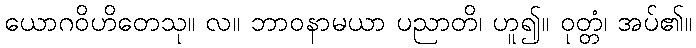
ယောဂဝိဟိတေသု။ လ။ ဘာဝနာမယာ ပညာတိ၊ ဟူ၍။ ဝုတ္တံ၊ အပ်၏။